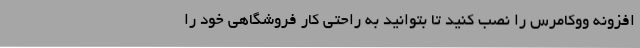
افزونه ووکامرس را نصب کنید تا بتوانید به راحتی کار فروشگاهی خود را